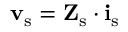
\mathbf { v } _ { \mathrm { s } } = \mathbf { Z } _ { \mathrm { s } } \cdot \mathbf { i } _ { \mathrm { s } }